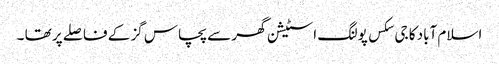
اسلام آباد کا جی سکس پولنگ اسٹیشن گھر سے پچاس گز کے فاصلے پر تھا ۔